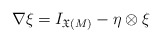
\begin{align*}\nabla \xi=I_{\mathfrak{X}(M)}-\eta\otimes \xi\end{align*}